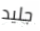
جليد